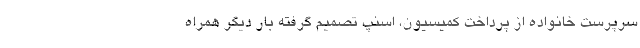
سرپرست خانواده از پرداخت کمیسیون، اسنپ تصمیم گرفته بار دیگر همراه